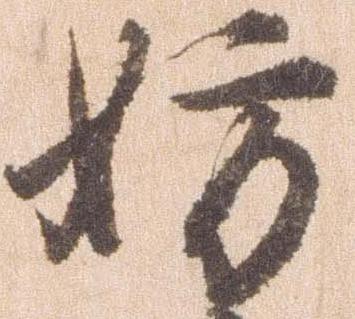
妨